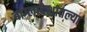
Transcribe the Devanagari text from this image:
बांग्लादेशातल्या